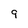
Character: 9